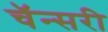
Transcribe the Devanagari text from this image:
चॅन्सरी